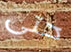
حتى